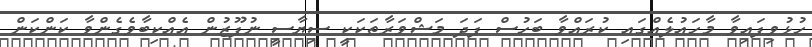
ހުޅުވިފައިވާ މާހައުލެއްގައި ކުރައްވާ ބަހުސް ފަދަ މަޝްވަރާތަކަކީ ސިޔާސީ ނުފޫޒުން އެއްކިބާވެގެންވާ ކަންކަން